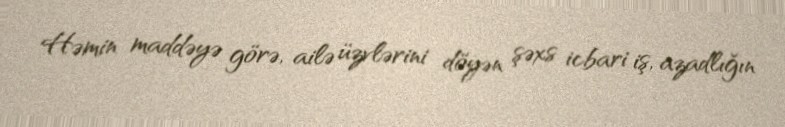
Həmin maddəyə görə, ailə üzvlərini döyən şəxs icbari iş, azadlığın